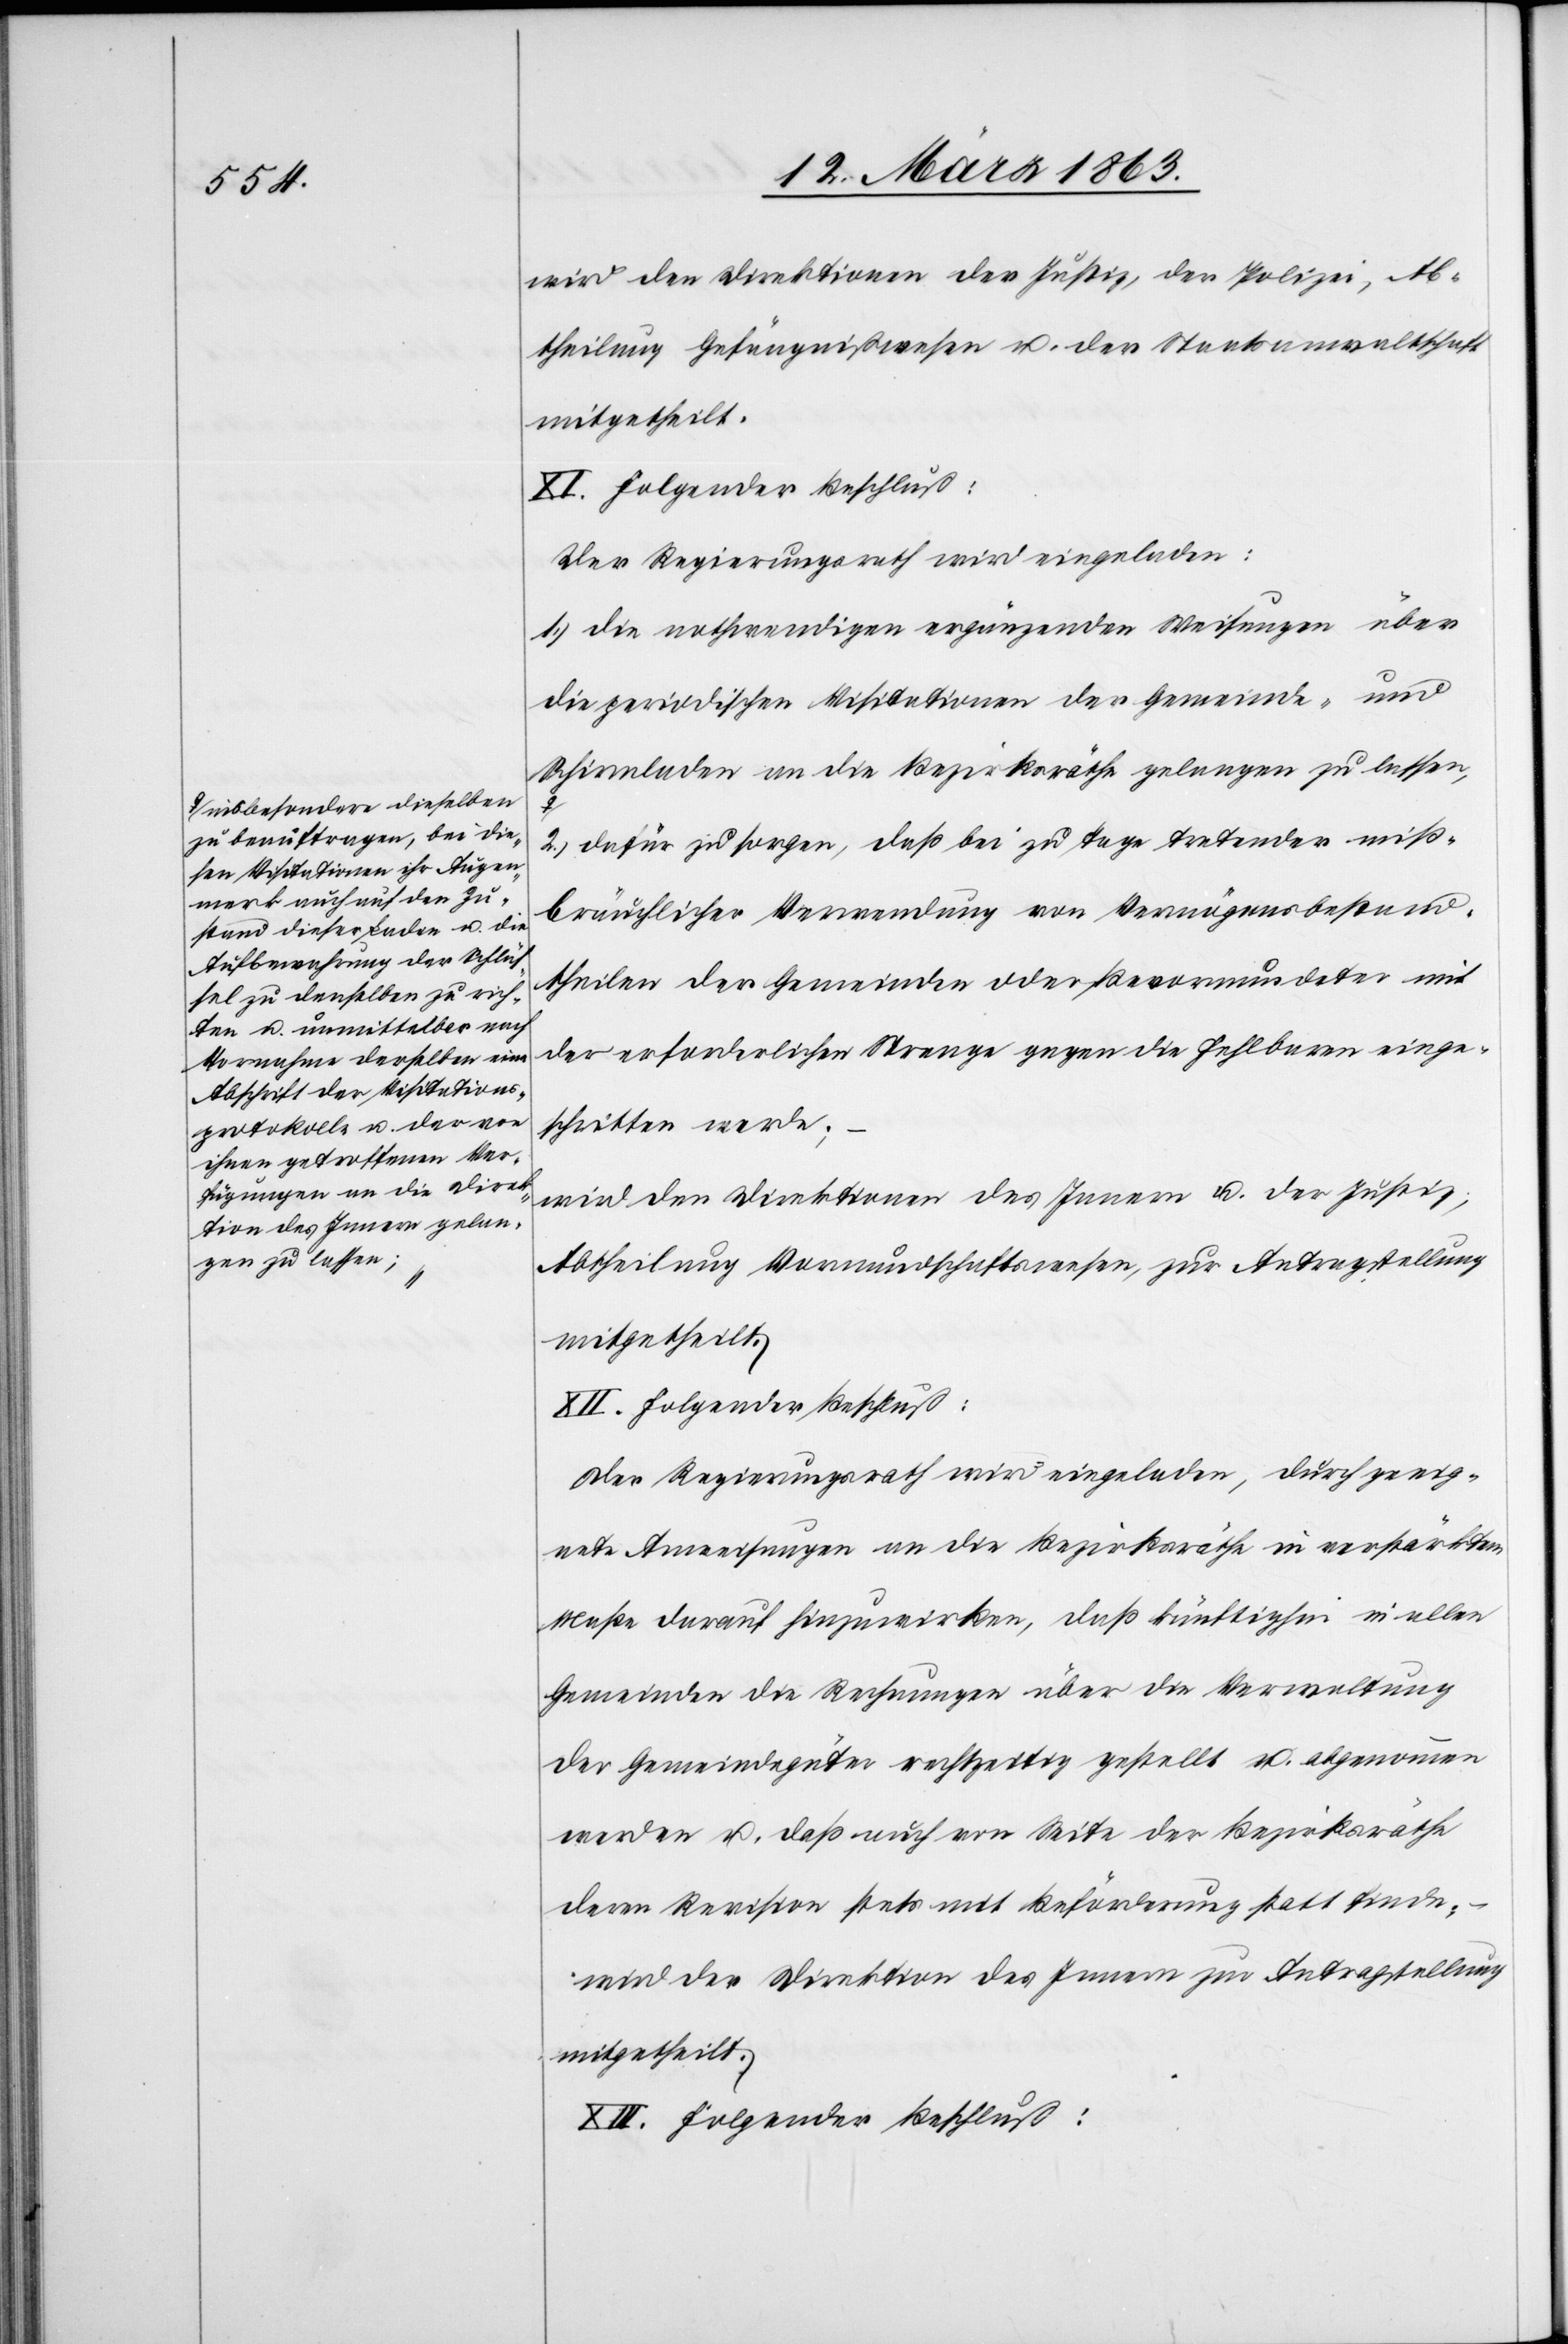
a-insbesondere dieselben
zu beauftragen, bei die¬
sen Visitationen ihr Augen¬
merk auch auf den Zu¬
stand dieser Laden u. die
Aufbewahrung der Schlüs¬
sel zu denselben zu rich¬
ten u. unmittelbar nach
Vornahme derselben eine
Abschrift der Visitations¬
protokolle u. der von
ihnen getroffenen Ver¬
fügungen an die Direk¬
tion des Innern gelan¬
gen zu lassen;-a

wird den Direktionen der Justiz, der Polizei, Ab¬
theilung Gefängnißwesen u. der Staatsanwaltschaft
mitgetheilt.
XI. Folgender Beschluß:
Der Regierungsrath wird eingeladen:
1.) die nothwendigen ergänzenden Weisungen über
die periodischen Visitationen der Gemeinde- und
Schirmladen an die Bezirksräthe gelangen zu lassen,
2.) dafür zu sorgen, daß bei zu Tage tretender miß¬
bräuchlicher Verwendung von Vermögensbestand¬
theilen der Gemeinden oder Bevormundeter mit
der erforderlichen Strenge gegen die Fehlbaren einge¬
schritten werde;
wird den Direktionen des Innern u. der Justiz,
Abtheilung Vormundschaftswesen, zur Antragstellung
XII. Folgender Beschluß:
Der Regierungsrath wird eingeladen, durch geeig¬
nete Anweisungen an die Bezirksräthe in verstärktem
Maße darauf hinzuwirken, daß künftighin in allen
Gemeinden die Rechnungen über die Verwaltung
der Gemeindegüter rechtzeitig gestellt u. abgenommen
werden u. daß auch von Seite der Bezirksräthe
deren Revision stets mit Beförderung statt finde;
wird der Direktion des Innern zur Antragstellung
mitgetheilt.
XIII. Folgender Beschluß: